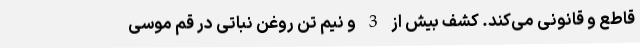
قاطع و قانونی می‌کند. کشف بیش از 3 و نیم تن روغن نباتی در قم موسی